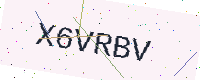
Text: X6VRBV